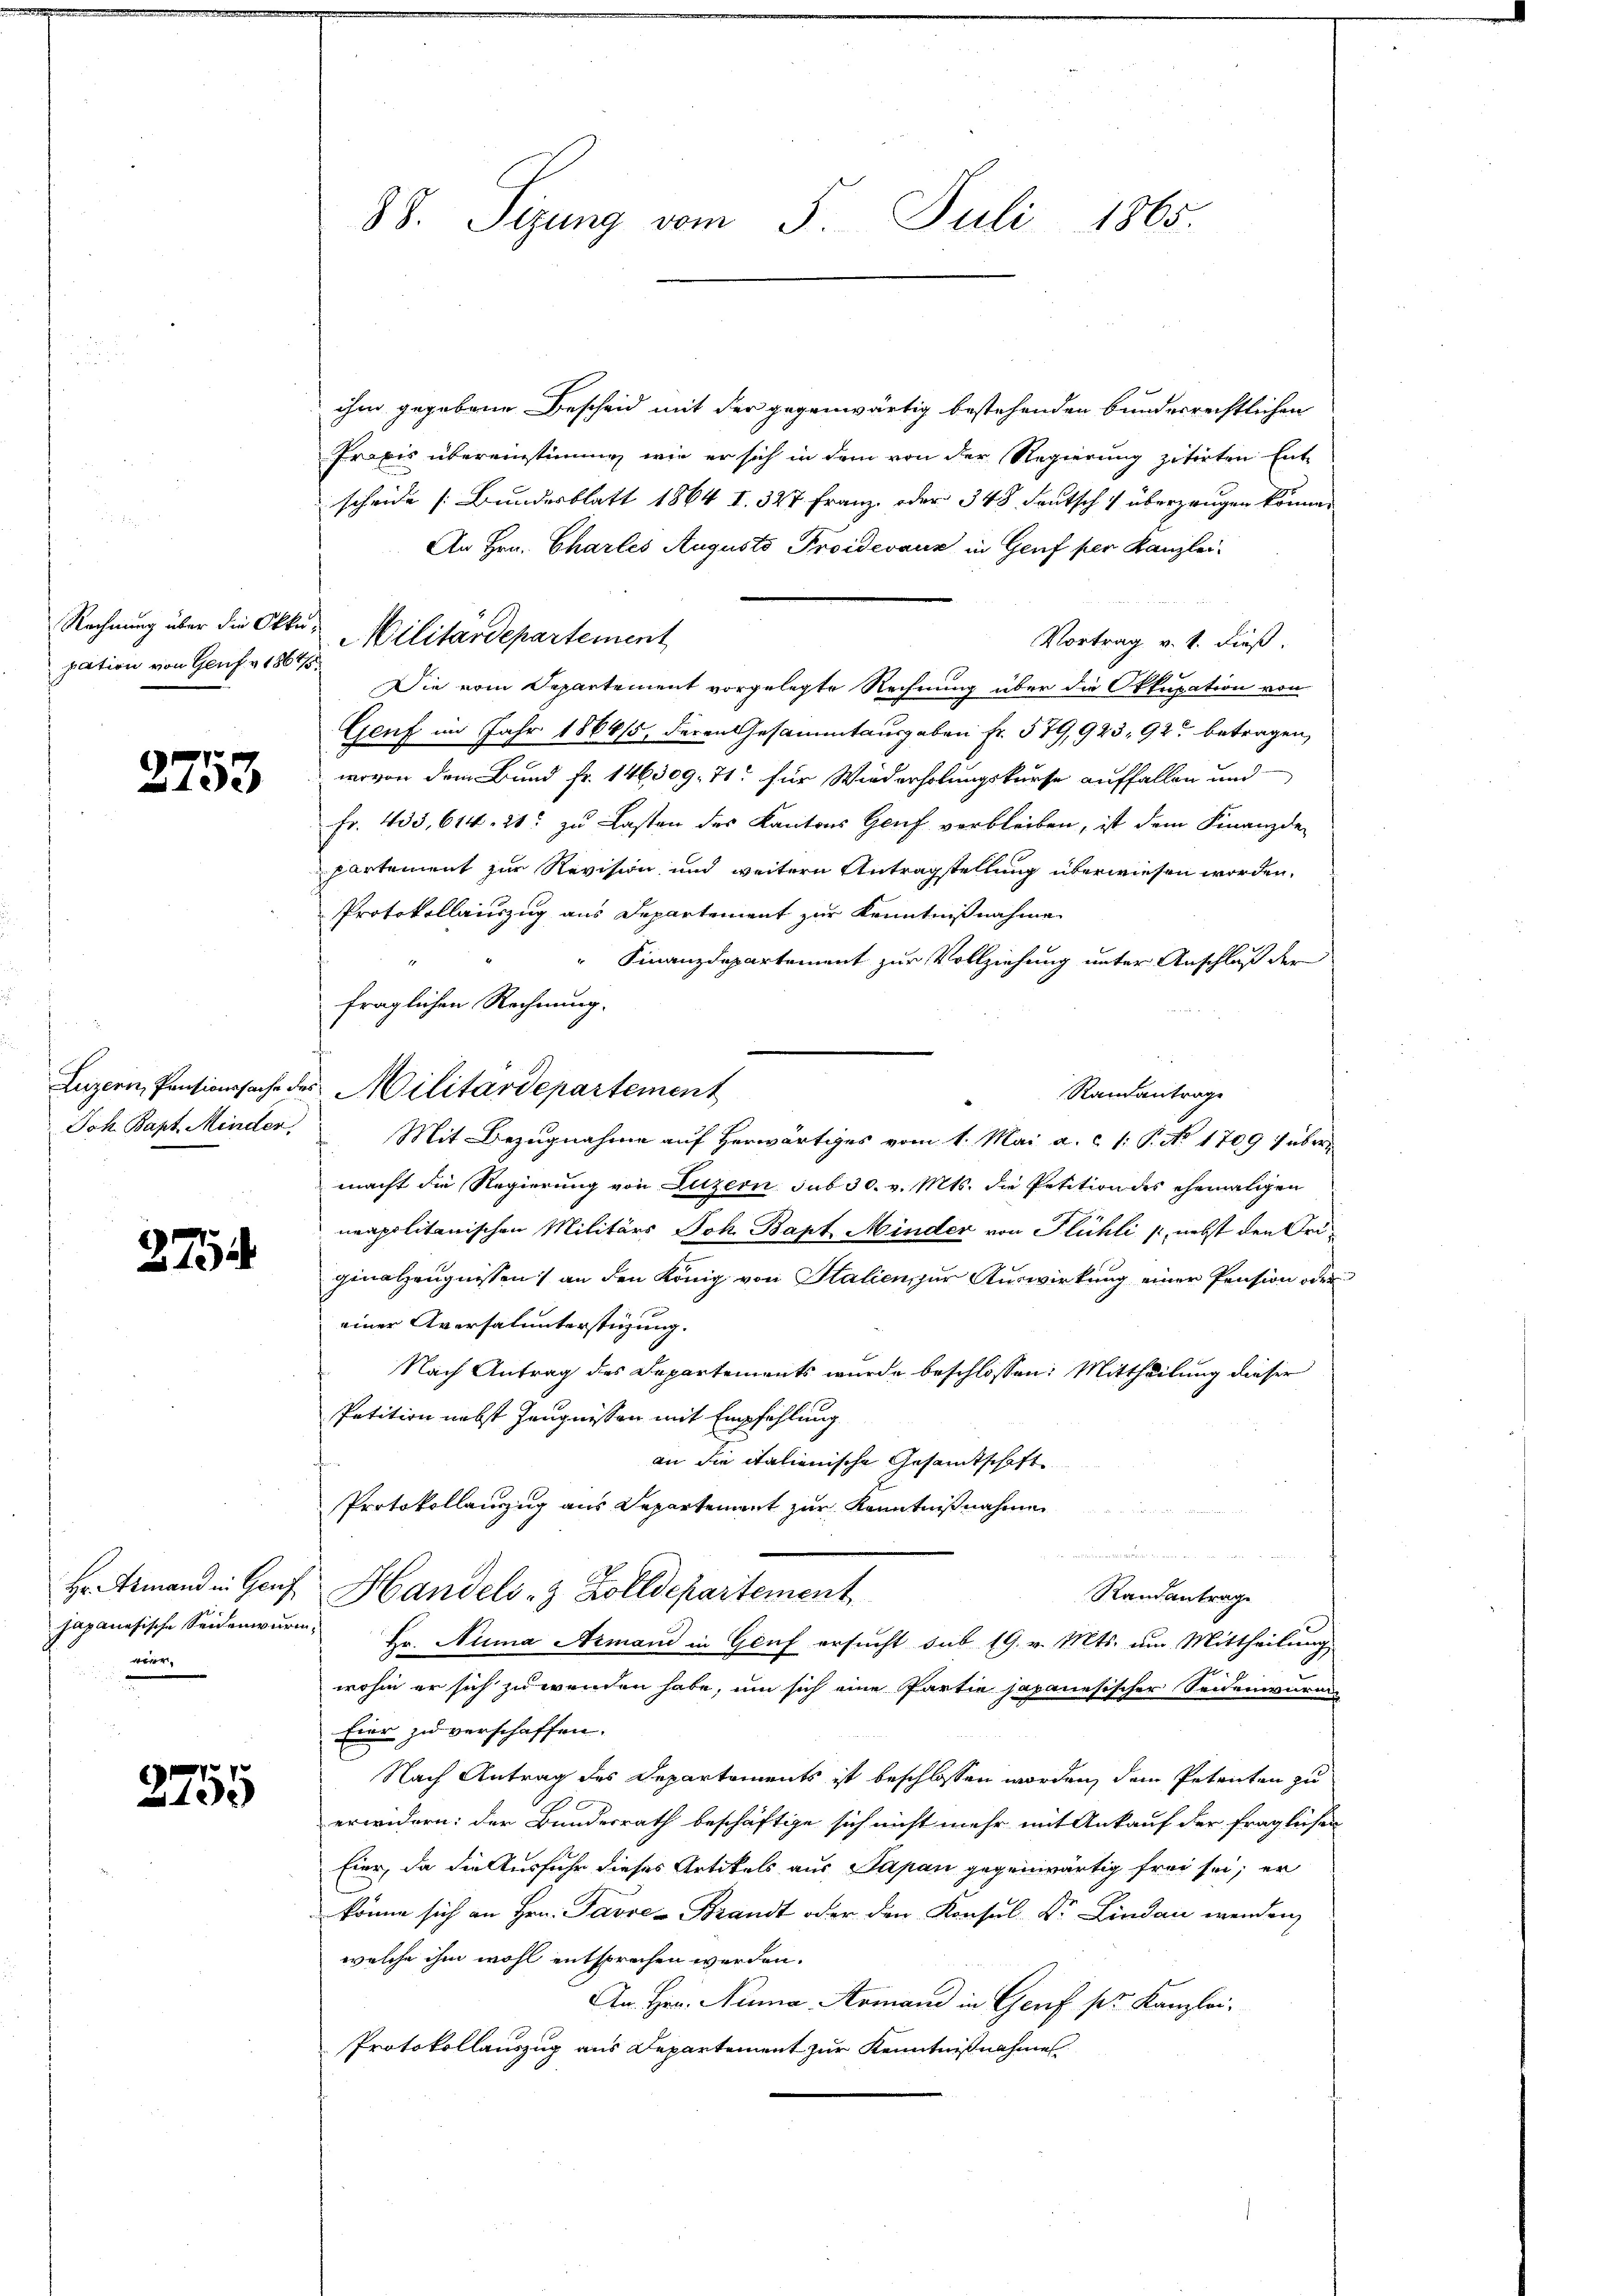
pation von Genf v. 1864/

2753

Joh. Bapt. Minder,

274

wir

2755

98. Sizung vom 5. Juli 1865.

ihm gegebene Bescheid mit der gegenwärtig bestehenden bundesrechtlichen
Praxis übereinstimmen wie er sich in dem von der Regierung zitirten Entscheide (Bundesblatt 1864 I. 327 Franz, oder 348 deutsch überzeugen können
An Hrn. Chartes Augusto Proidevaux in Genf per Kanzlei-
Vortrag v. 1. dieß.
Die vom Departement vorgelegte Rechnung über die Okkupation von
Genf im Jahr 1866/5, deren Gesammtausgaben fr. 579,923, 92 betragen,
wovon dem Bund fr. 146309. 71 für Wiederholungskurse auffallen und
Fr. 433, 614. 21. zu Lasten des Kantons Genf verbleiben, ist dem Finanzde
partement zur Revision und weitern Antragstellung überwiesen worden.
Protokollauszug aus Departement zur Kenntnißnahme
Finanzdepartement zur Vollziehung unter Anschluß der
fraglichen Rechnung.
Randantrage
Mit Bezugnahme auf Herwärtiges vom 1. Mai a. c. 1: P. No 1709 übermacht die Regierung von Luzern sub 30. v. Mts. die Petition des ehemaligen
neapolitanischen Militärs Joh. Bapt Minder von Flühli /, nebst den Originalzeugnissen) an den König von Stalien, zur Auswirkung einer Pension oder
einer Aversalunterstüzung.
Nach Antrag des Departements wurde beschlossen: Mittheilung dieser
Patition nebst Zeugnissen mit Empfehlung
an die italienische Gesamtschaft
Protokollenzug aus Departement zur Kenntnißnahme
n
Hr. Ermand in Genf Handels- & Zolldepartement
Randantrage
japanesische Seidenwurm. Hr. Nina Armand in Graf ersucht sub 19. v. Mts. um Mittheilung
wohin er sich zu wenden habe, um sich eine Partie japanesischer Seidenwurm-
Eier zu verschaffen.
Nach Antrag des Departements ist beschlossen worden, dem Petenten zu
erwidern: der Bundesrath beschäftige sich nicht mehr mit Ankauf der fraglichen
Eier, da die Ausfuhr dieses Artikels aus Papan gegenwärtig frei sei; er
könne sich an Hrn. Favres Brandt oder den Konsul Dr. Lindau wenden
welche ihm wohl entsprechen werden.
An Hrn. Nuna Armand in Gerif pr. Kanzlei.
Protokollauszug aus Departement zur Kenntnißnahmen

Rechnung über die Orte Militärdepartement

Luzern, Pensionssache des Militärdepartement